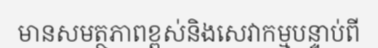
មានសមត្ថភាពខ្ពស់និងសេវាកម្មបន្ទាប់ពី